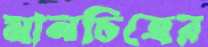
মানচিত্রের